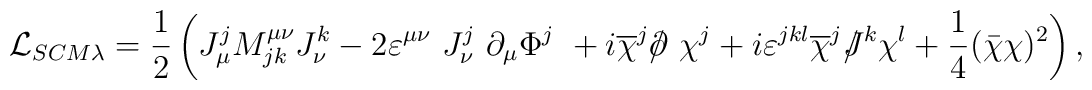
{\cal L}_{SCM\lambda}=\frac 12 \left( J_\mu^j M^{\mu \nu}_{jk} J_{\nu}^k -2 \varepsilon^{\mu \nu}~J_\nu ^j ~\partial_\mu \Phi^j~+i \overline{\chi }^j /\kern-.5em\partial   ~\chi^j+i\varepsilon^{jkl}\overline{\chi}^j /\kern-.5em J^k \chi ^l+\frac 14 (\bar \chi \chi )^2 \right),